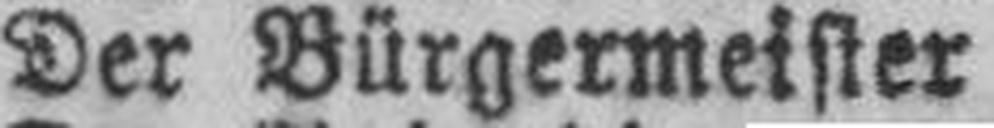
Der Bürgermeister